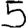
Digit: 5